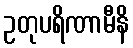
ဥတုပရိဏာမီနိ